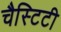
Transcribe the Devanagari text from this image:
चैस्टिटी